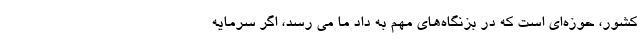
کشور، حوزه‌ای است که در بزنگاه‌های مهم به داد ما می رسد، اگر سرمایه